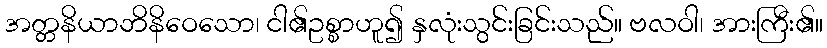
အတ္တနိယာဘိနိဝေသော၊ ငါ၏ဥစ္စာဟူ၍ နှလုံးသွင်းခြင်းသည်။ ဗလဝါ၊ အားကြီး၏။